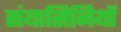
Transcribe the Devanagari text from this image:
संयासिनियों